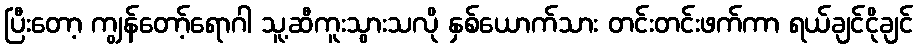
ပြီးတော့ ကျွန်တော့်ရောဂါ သူ့ဆီကူးသွားသလို နှစ်ယောက်သား တင်းတင်းဖက်ကာ ရယ်ချင်ငိုချင်